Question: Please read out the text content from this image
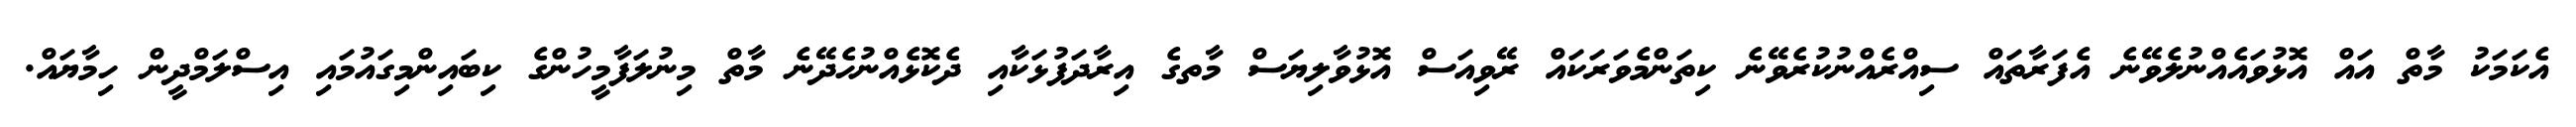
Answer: އެކަމަކު މާތް އައް އޮޅުވައެއްނުލެވޭނެ އެފަރާތައް ސިއްރެއްނުކުރެވޭނެ ކިތަންމެވަރަކައް ރޭވިއަސް އޮޅުވާލިޔަސް މާތގެ އިރާދަފުޅަކާއި ދެކޮޅެއްނުހެދޭނެ މާތް މިނުލަފާމީހުންގެ ކިބައިންމިގައުމައި އިސްލަމްދީން ހިމާޔައް.